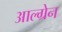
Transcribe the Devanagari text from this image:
आल्ग्रेन